65_HS1-834228961_62-HQ-83894_Section_2
Agency: FBI
Page 151
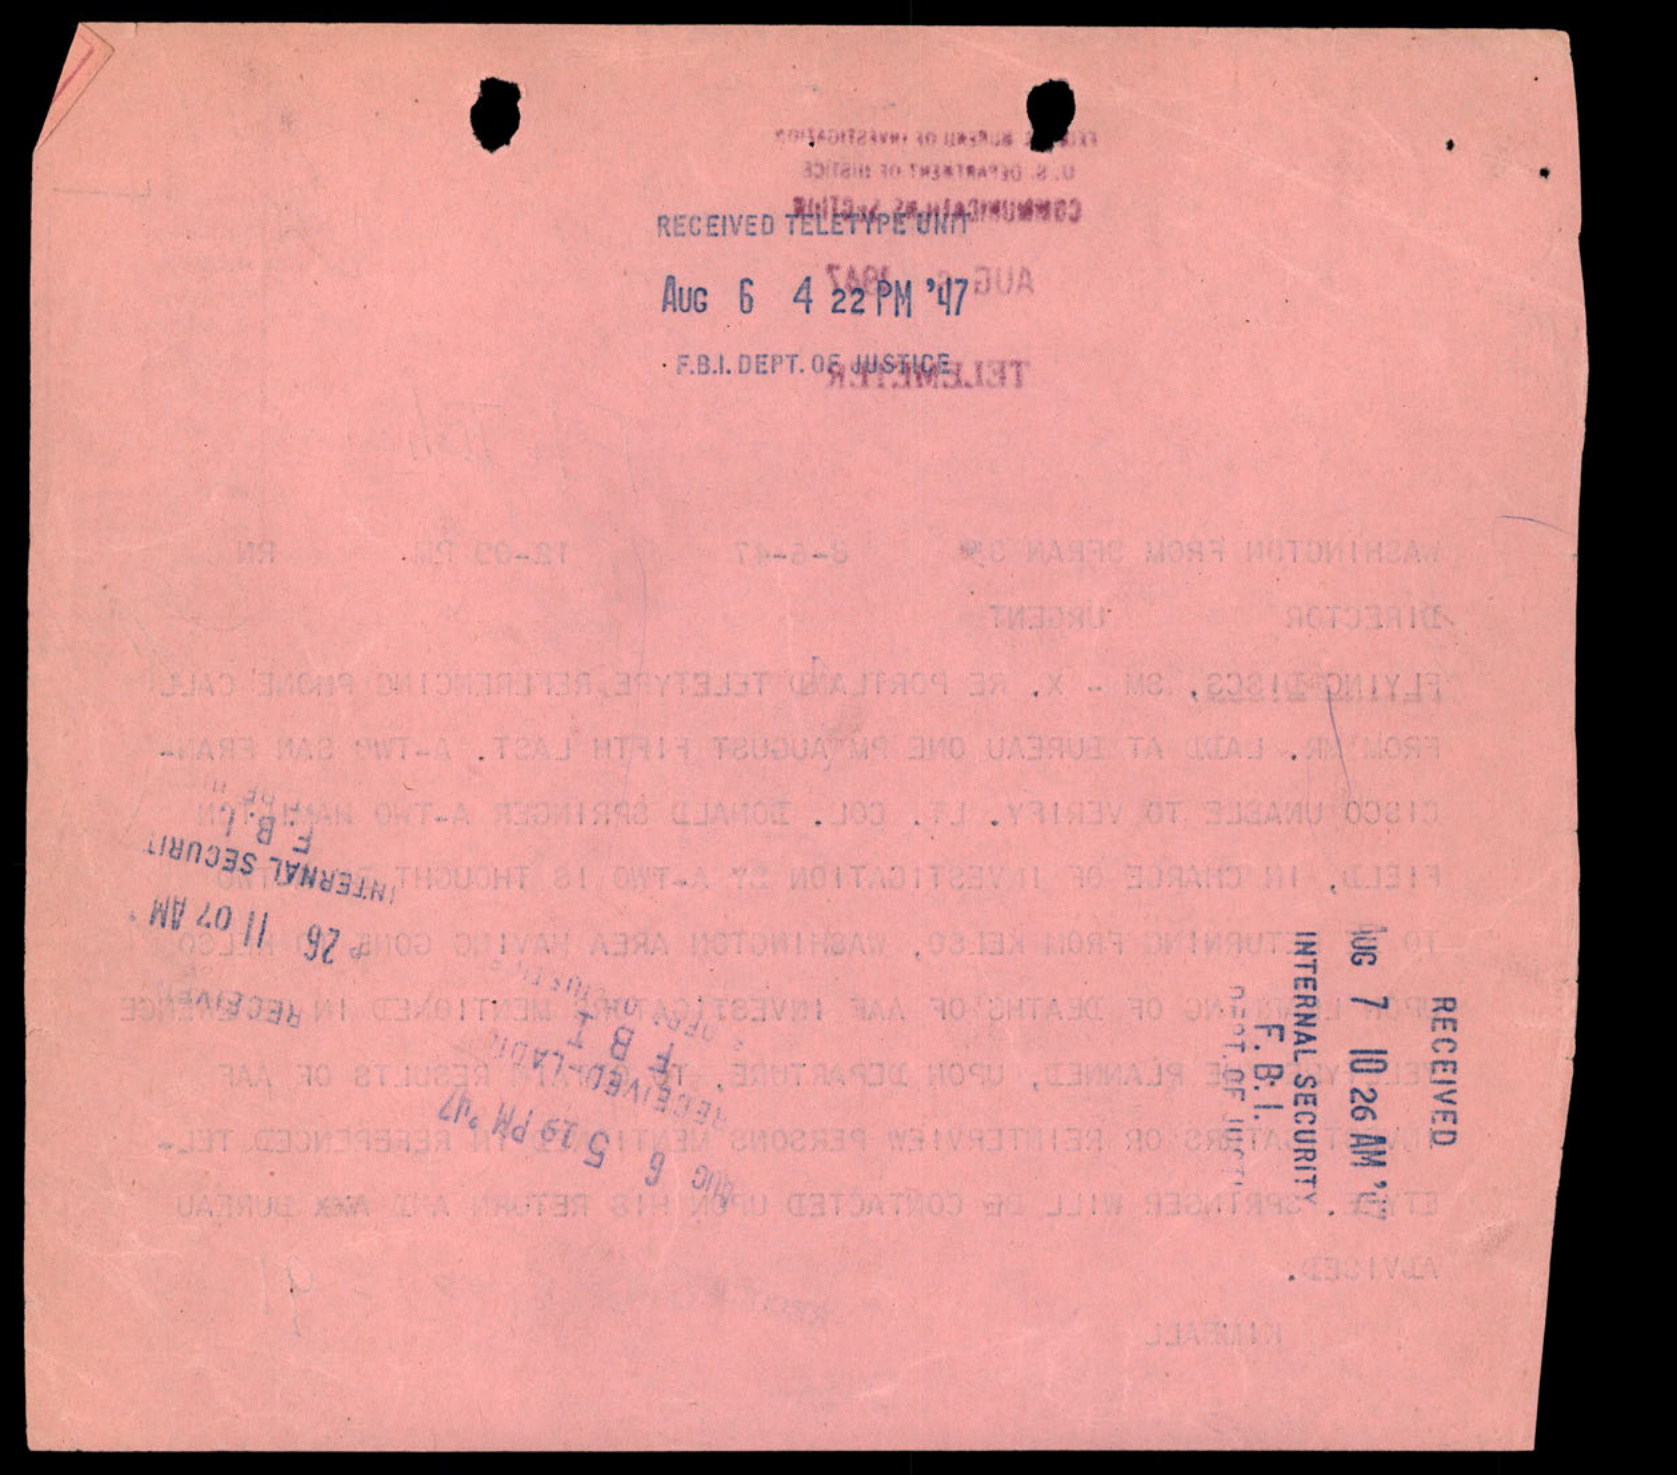